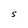
Character: S